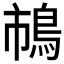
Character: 𲍞